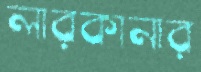
লারকানার